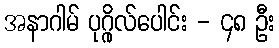
အနာဂါမ် ပုဂ္ဂိုလ်ပေါင်း - ၄၈ ဦး